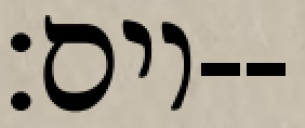
יום׃--